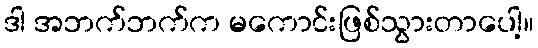
ဒါ အဘက်ဘက်က မကောင်းဖြစ်သွားတာပေါ့။